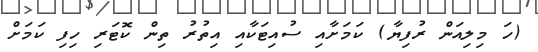
(ހަ މިލިއަން ރުފިޔާ) ކަމަށާއި ސުއިޓަކާއި އިތުރު ތިން ކޮޓަރި ހިފި ކަމަށް